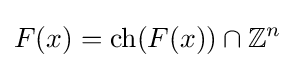
F(x)={\text{ch}}(F(x))\cap \mathbb {Z} ^{n}